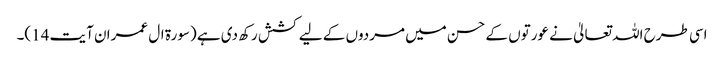
اسی طرح اللہ تعالیٰ نے عورتوں کے حسن میں مردوں کے لیے کشش رکھ دی ہے (سورۃ ال عمران آیت 14)۔